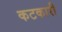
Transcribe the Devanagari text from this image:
कटकारी